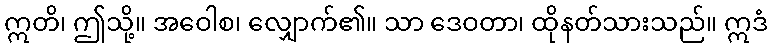
ဣတိ၊ ဤသို့။ အဝေါစ၊ လျှောက်၏။ သာ ဒေဝတာ၊ ထိုနတ်သားသည်။ ဣဒံ